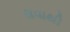
થવાથી